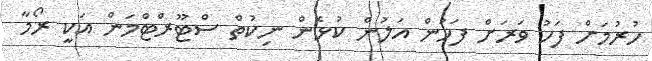
ހުރުމަށް ފަހު ވަރަށް ފަހުން އަލުން ކުޅެން ނިކުތް ސްޓޫރްޓްމަން އަކީ ރޯމާ